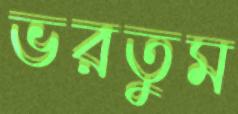
ভরতুম